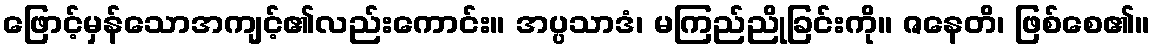
ဖြောင့်မှန်သောအကျင့်၏လည်းကောင်း။ အပ္ပသာဒံ၊ မကြည်ညိုခြင်းကို။ ဇနေတိ၊ ဖြစ်စေ၏။